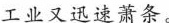
工业又迅速萧条。